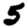
Digit: 5